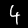
Digit: 4